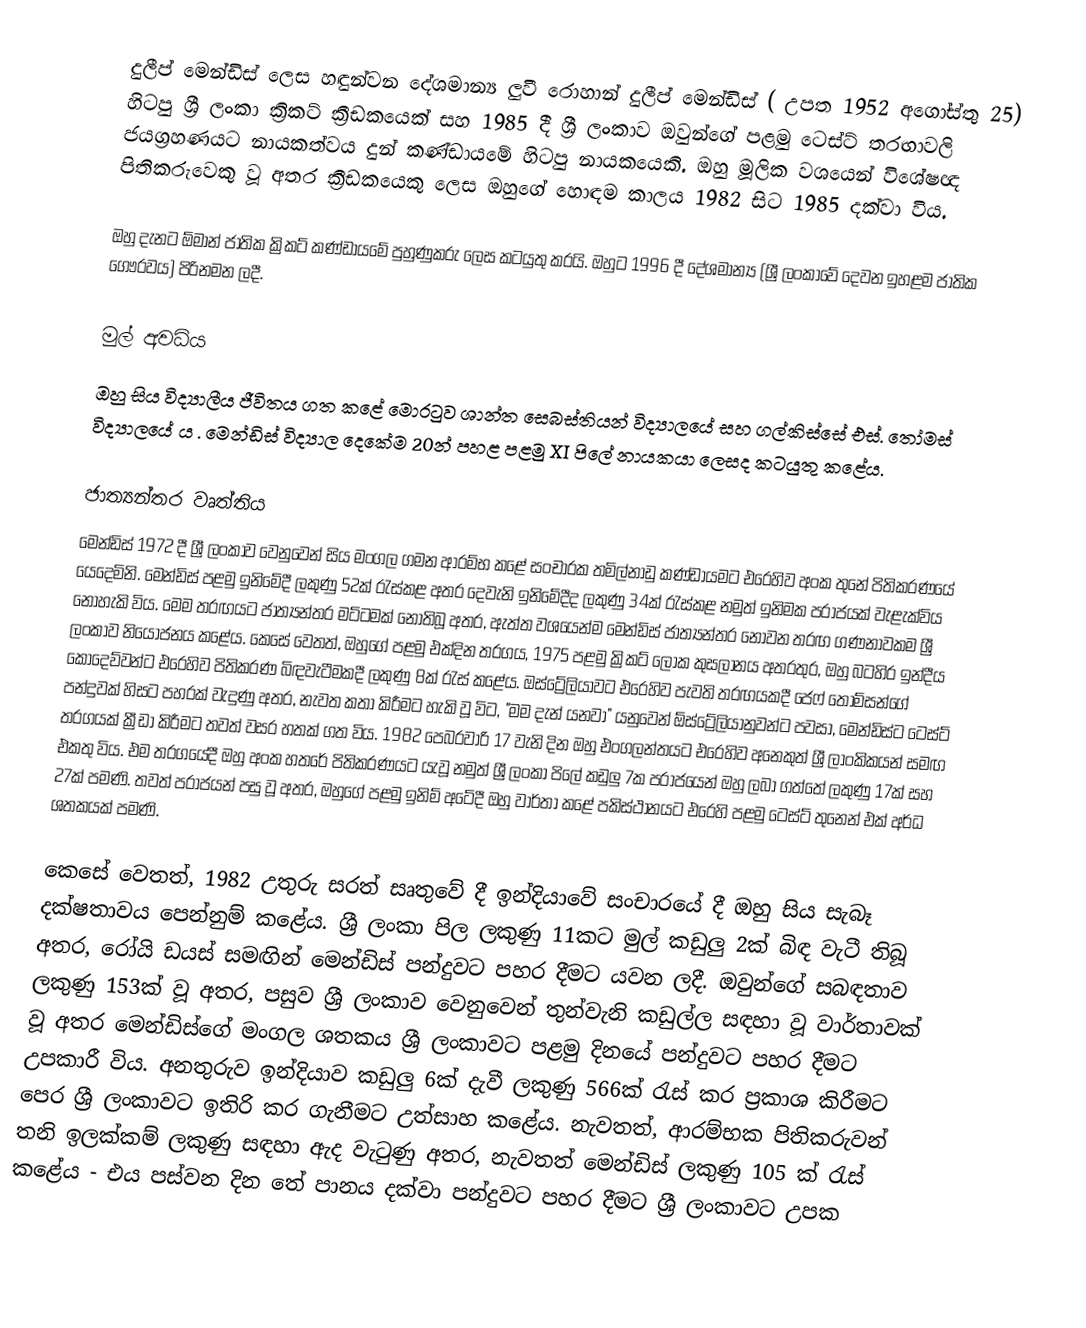
දුලීප් මෙන්ඩිස් ලෙස හඳුන්වන දේශමාන්‍ය ලුවී රොහාන් දුලීප් මෙන්ඩිස් ( උපත 1952 අගෝස්තු 25) හිටපු ශ්‍රී ලංකා ක්‍රිකට් ක්‍රීඩකයෙක් සහ 1985 දී ශ්‍රී ලංකාව ඔවුන්ගේ පළමු ටෙස්ට් තරඟාවලි ජයග්‍රහණයට නායකත්වය දුන් කණ්ඩායමේ හිටපු නායකයෙකි. ඔහු මූලික වශයෙන් විශේෂඥ පිතිකරුවෙකු වූ අතර ක්‍රීඩකයෙකු ලෙස ඔහුගේ හොඳම කාලය 1982 සිට 1985 දක්වා විය.

ඔහු දැනට ඕමාන් ජාතික ක්‍රිකට් කණ්ඩායමේ පුහුණුකරු ලෙස කටයුතු කරයි.  ඔහුට 1996 දී දේශමාන්‍ය (ශ්‍රී ලංකාවේ දෙවන ඉහළම ජාතික ගෞරවය) පිරිනමන ලදී.

මුල් අවධිය
ඔහු සිය විද්‍යාලීය ජීවිතය ගත කළේ මොරටුව ශාන්ත සෙබස්තියන් විද්‍යාලයේ සහ ගල්කිස්සේ එස්. තෝමස් විද්‍යාලයේ ය . මෙන්ඩිස් විද්‍යාල දෙකේම 20න් පහළ පළමු XI පිලේ නායකයා ලෙසද කටයුතු කළේය.

ජාත්‍යන්තර වෘත්තිය
මෙන්ඩිස් 1972 දී ශ්‍රී ලංකාව වෙනුවෙන් සිය මංගල ගමන ආරම්භ කළේ සංචාරක තමිල්නාඩු කණ්ඩායමට එරෙහිව අංක තුනේ පිතිකරණයේ යෙදෙමිනි. මෙන්ඩිස් පළමු ඉනිමේදී ලකුණු 52ක් රැස්කළ අතර දෙවැනි ඉනිමේදීද ලකුණු 34ක් රැස්කළ නමුත් ඉනිමක පරාජයක් වැළැක්විය නොහැකි විය. මෙම තරඟයට ජාත්‍යන්තර මට්ටමක් නොතිබූ අතර, ඇත්ත වශයෙන්ම මෙන්ඩිස් ජාත්‍යන්තර නොවන තරඟ ගණනාවකම ශ්‍රී ලංකාව නියෝජනය කළේය. කෙසේ වෙතත්, ඔහුගේ පළමු එක්දින තරගය, 1975 පළමු ක්‍රිකට් ලෝක කුසලානය අතරතුර, ඔහු බටහිර ඉන්දීය කොදෙව්වන්ට එරෙහිව පිතිකරණ බිඳවැටීමකදී ලකුණු 8ක් රැස් කළේය. ඔස්ට්‍රේලියාවට එරෙහිව පැවති තරඟයකදී ජෙෆ් තොම්සන්ගේ පන්දුවක් හිසට පහරක් වැදුණු අතර, නැවත කතා කිරීමට හැකි වූ විට, "මම දැන් යනවා" යනුවෙන් ඕස්ට්‍රේලියානුවන්ට පවසා, මෙන්ඩිස්ට ටෙස්ට් තරගයක් ක්‍රීඩා කිරීමට තවත් වසර හතක් ගත විය. 1982 පෙබරවාරි 17 වැනි දින ඔහු එංගලන්තයට එරෙහිව අනෙකුත් ශ්‍රී ලාංකිකයන් සමඟ එකතු විය. එම තරගයේදී ඔහු අංක හතරේ පිතිකරණයට යැවූ නමුත් ශ්‍රී ලංකා පිලේ කඩුලු 7ක පරාජයෙන් ඔහු ලබා ගත්තේ ලකුණු 17ක් සහ 27ක් පමණි. තවත් පරාජයන් පසු වූ අතර, ඔහුගේ පළමු ඉනිම් අටේදී ඔහු වාර්තා කළේ පකිස්ථානයට එරෙහි පළමු ටෙස්ට් තුනෙන් එක් අර්ධ ශතකයක් පමණි.

කෙසේ වෙතත්, 1982 උතුරු සරත් සෘතුවේ දී ඉන්දියාවේ සංචාරයේ දී ඔහු සිය සැබෑ දක්ෂතාවය පෙන්නුම් කළේය. ශ්‍රී ලංකා පිල ලකුණු 11කට මුල් කඩුලු 2ක් බිඳ වැටී තිබූ අතර, රෝයි ඩයස් සමඟින් මෙන්ඩිස් පන්දුවට පහර දීමට යවන ලදී. ඔවුන්ගේ සබඳතාව ලකුණු 153ක් වූ අතර, පසුව ශ්‍රී ලංකාව වෙනුවෙන් තුන්වැනි කඩුල්ල සඳහා වූ වාර්තාවක් වූ අතර මෙන්ඩිස්ගේ මංගල ශතකය ශ්‍රී ලංකාවට පළමු දිනයේ පන්දුවට පහර දීමට උපකාරී විය. අනතුරුව ඉන්දියාව කඩුලු 6ක් දැවී ලකුණු 566ක් රැස් කර ප්‍රකාශ කිරීමට පෙර ශ්‍රී ලංකාවට ඉතිරි කර ගැනීමට උත්සාහ කළේය. නැවතත්, ආරම්භක පිතිකරුවන් තනි ඉලක්කම් ලකුණු සඳහා ඇද වැටුණු අතර, නැවතත් මෙන්ඩිස් ලකුණු 105 ක් රැස් කළේය - එය පස්වන දින තේ පානය දක්වා පන්දුවට පහර දීමට ශ්‍රී ලංකාවට උපක